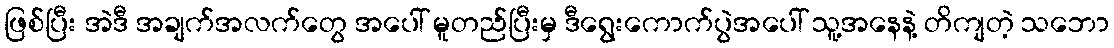
ဖြစ်ပြီး အဲဒီ အချက်အလက်တွေ အပေါ် မူတည်ပြီးမှ ဒီရွေးကောက်ပွဲအပေါ် သူ့အနေနဲ့ တိကျတဲ့ သဘော